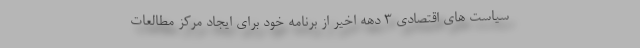
سیاست های اقتصادی ۳ دهه اخیر از برنامه خود برای ایجاد مرکز مطالعات